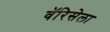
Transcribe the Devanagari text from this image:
वॅरिसेला